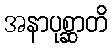
အနာပုစ္ဆာတိ